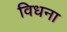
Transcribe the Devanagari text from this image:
विधना